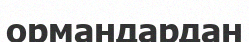
ормандардан